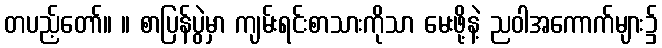
တပည့်တော်။ ။ စာပြန်ပွဲမှာ ကျမ်းရင်းစာသားကိုသာ မေးဖို့နဲ့ ညဝါအကောက်များ၌